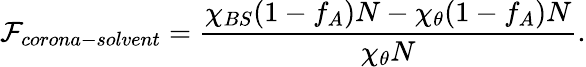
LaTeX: \mathcal{F}_{corona-solvent}=\frac{\chi_{BS}(1-f_{A})N-\chi_{\theta}(1-f_{A})N}{\chi_{\theta}N}.